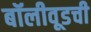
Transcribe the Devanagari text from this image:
बॉलीवूडची